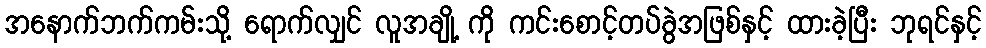
အနောက်ဘက်ကမ်းသို့ ရောက်လျှင် လူအချို့ ကို ကင်းစောင့်တပ်ခွဲအဖြစ်နှင့် ထားခဲ့ပြီး ဘုရင်နှင့်